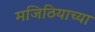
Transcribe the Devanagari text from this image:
मजिठियाच्या